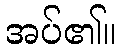
အပ်၏။